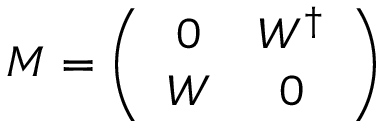
M = \left( \begin{array} { c c } { { 0 } } & { { W ^ { \dagger } } } \\ { { W } } & { { 0 } } \end{array} \right)